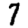
Digit: 7